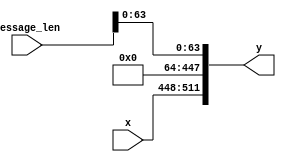
module padding(x,y, message_len);
input [63:0] x;
output [511:0] y;
input [64:0] message_len;

assign y[511:448]=x[63:0];
assign y[447:64]=1'b0;
assign y[63:0]= message_len;
endmodule